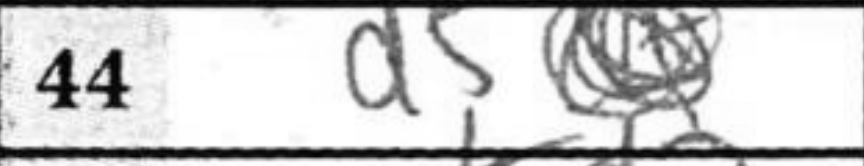
Transcription: d5